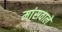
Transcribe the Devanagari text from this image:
मांसवाले